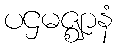
ပဌမဇ္ဈာနံ